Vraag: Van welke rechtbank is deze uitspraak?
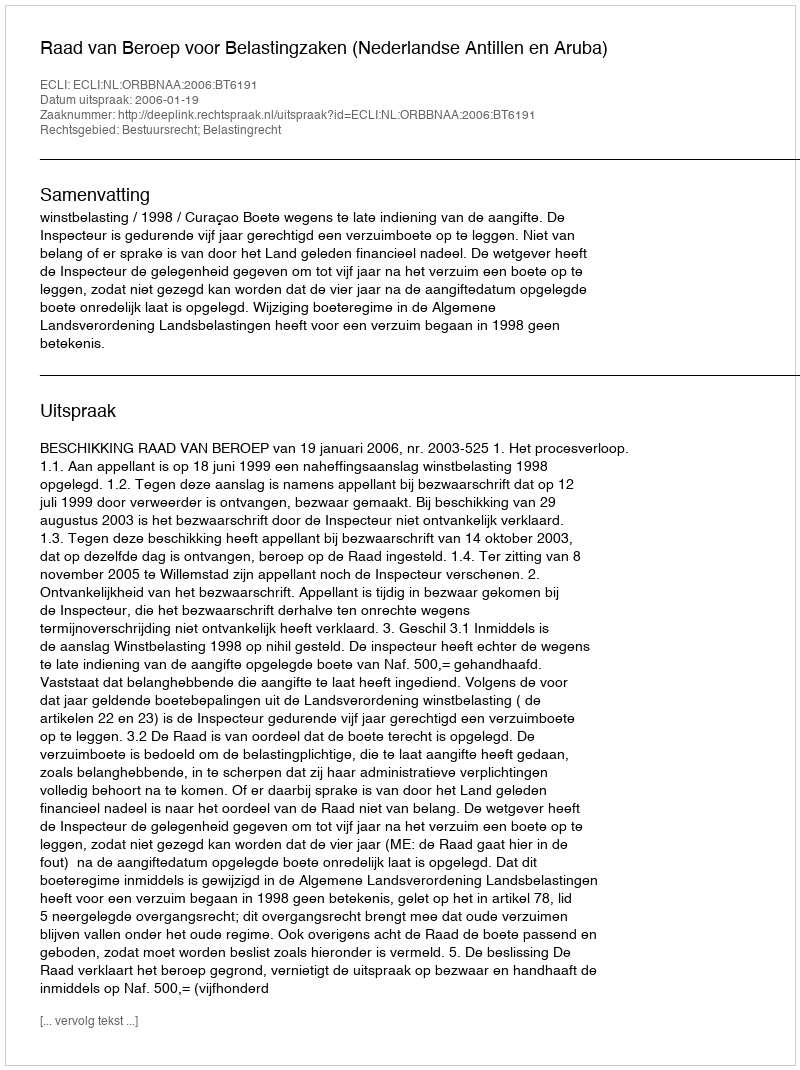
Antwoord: Raad van Beroep voor Belastingzaken (Nederlandse Antillen en Aruba)